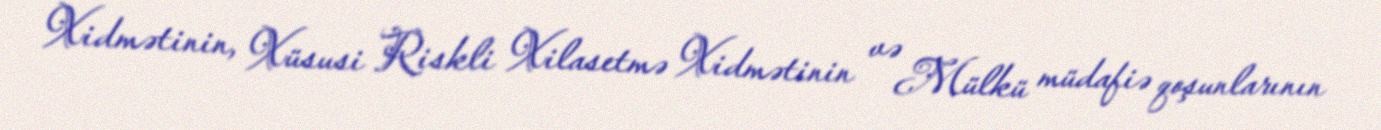
Xidmətinin, Xüsusi Riskli Xilasetmə Xidmətinin və Mülkü müdafiə qoşunlarının